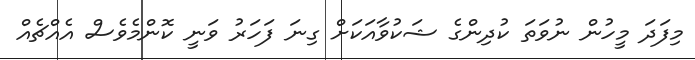
މިފަދަ މީހުން ނުވަތަ ކުދިންގެ ޝަކުވާއަކަށް ގިނަ ފަހަރު ވަނީ ކޮންމެވެސް އެއްޗެއް